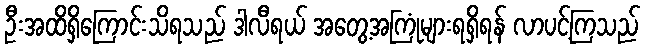
ဦးအထိရှိကြောင်းသိရသည် ဒါလီရယ် အတွေ့အကြုံများရရှိရန် လာပင့်ကြသည်